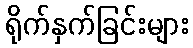
ရိုက်နှက်ခြင်းများ